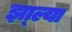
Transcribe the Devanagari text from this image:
झा्ल्या